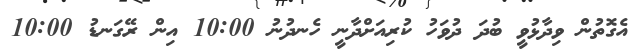
އެގޮތުން ވިދާޅުވީ ބުދަ ދުވަހު ކުރިއަށްދާނީ ހެނދުނު 10:00 އިން ރޭގަނޑު 10:00